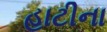
હાટીના